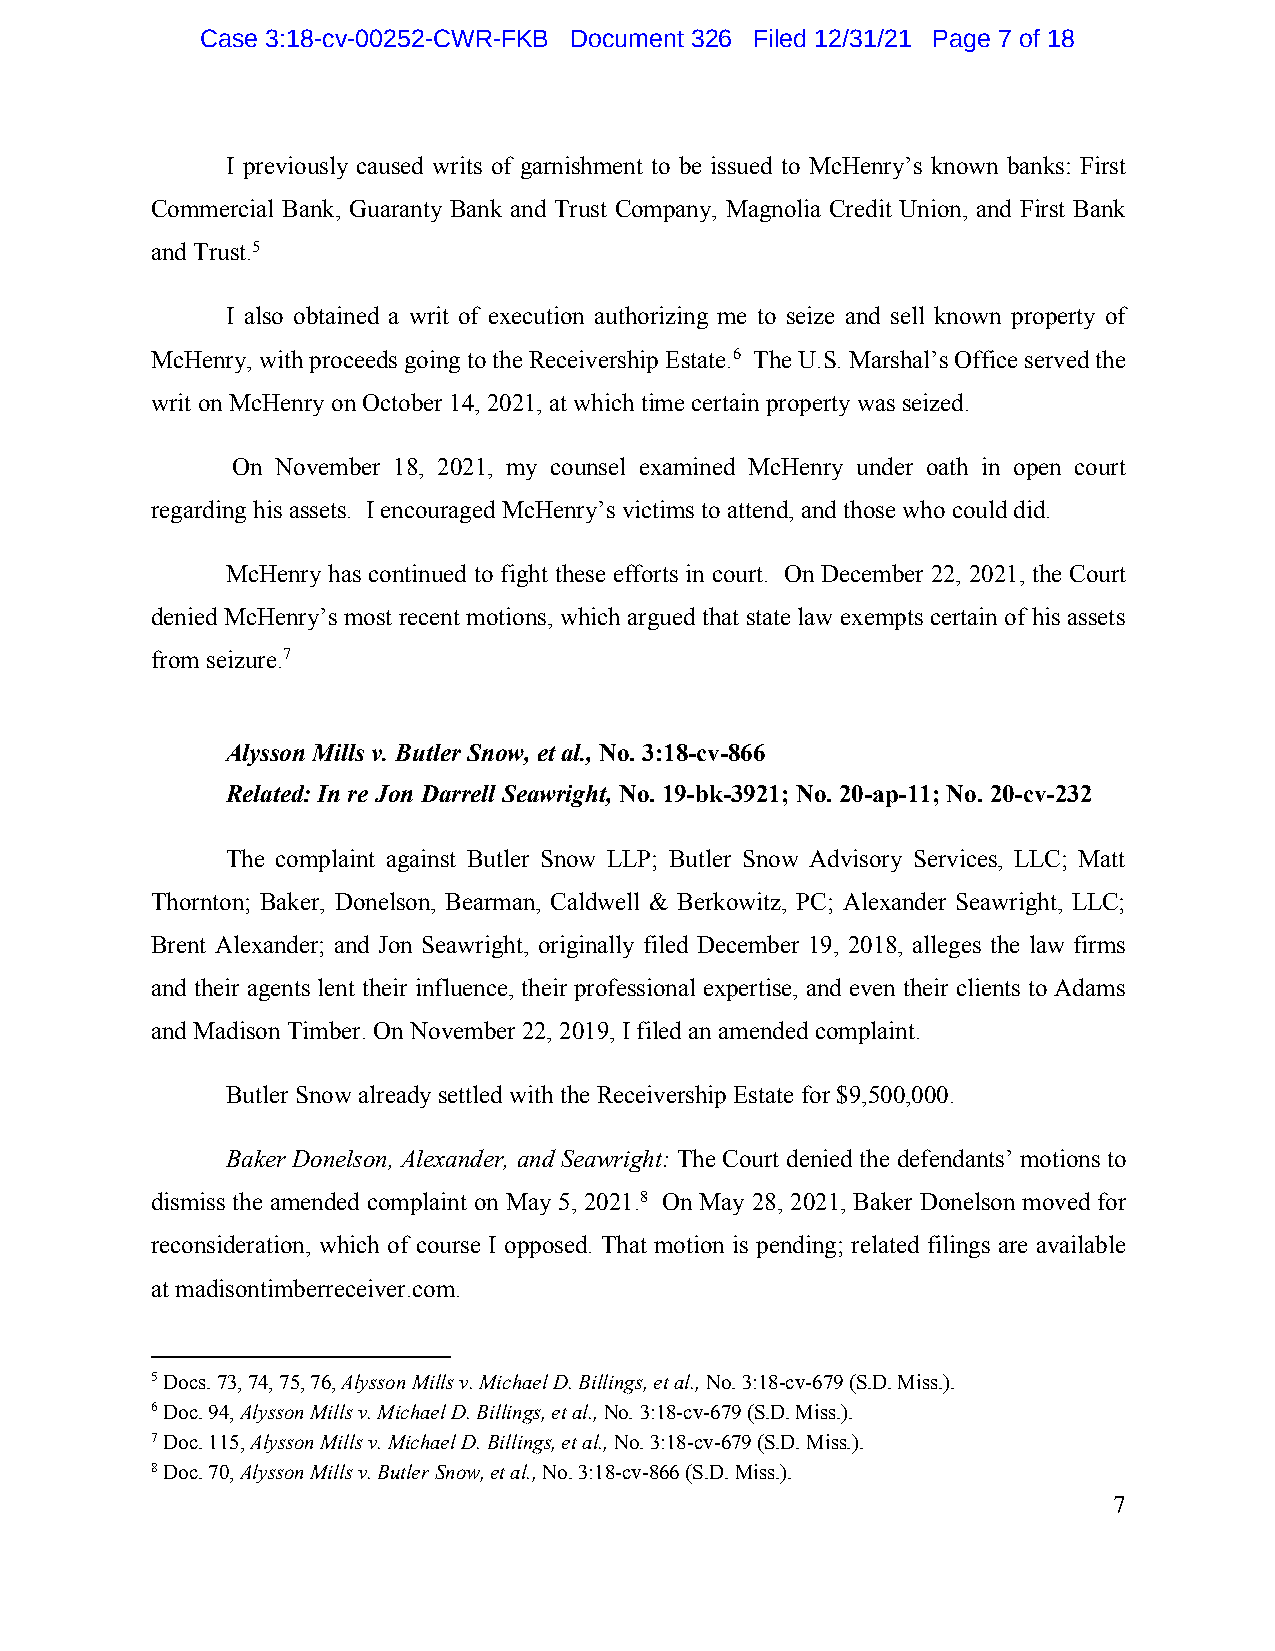
Case 3:18-cv-00252-CWR-FKB Document 326 Filed 12/31/21 Page 7 of 18
 I previously caused writs of garnishment to be issued to McHenry’s known banks: First
 Commercial Bank, Guaranty Bank and Trust Company, Magnolia Credit Union, and First Bank
 and Trust.5
 I also obtained a writ of execution authorizing me to seize and sell known property of
 McHenry, with proceeds going to the Receivership Estate.6 The U.S. Marshal’s Office served the
 writ on McHenry on October 14, 2021, at which time certain property was seized.
 On November 18, 2021, my counsel examined McHenry under oath in open court
 regarding his assets. I encouraged McHenry’s victims to attend, and those who could did.
 McHenry has continued to fight these efforts in court. On December 22, 2021, the Court
 denied McHenry’s most recent motions, which argued that state law exempts certain of his assets
 from seizure.7
 Alysson Mills v. Butler Snow, et al., No. 3:18-cv-866
 Related: In re Jon Darrell Seawright, No. 19-bk-3921; No. 20-ap-11; No. 20-cv-232
 The complaint against Butler Snow LLP; Butler Snow Advisory Services, LLC; Matt
 Thornton; Baker, Donelson, Bearman, Caldwell & Berkowitz, PC; Alexander Seawright, LLC;
 Brent Alexander; and Jon Seawright, originally filed December 19, 2018, alleges the law firms
 and their agents lent their influence, their professional expertise, and even their clients to Adams
 and Madison Timber. On November 22, 2019, I filed an amended complaint.
 Butler Snow already settled with the Receivership Estate for $9,500,000.
 Baker Donelson, Alexander, and Seawright: The Court denied the defendants’ motions to
 dismiss the amended complaint on May 5, 2021.8 On May 28, 2021, Baker Donelson moved for
 reconsideration, which of course I opposed. That motion is pending; related filings are available
 at madisontimberreceiver.com.
 5 Docs. 73, 74, 75, 76, Alysson Mills v. Michael D. Billings, et al., No. 3:18-cv-679 (S.D. Miss.).
 6 Doc. 94, Alysson Mills v. Michael D. Billings, et al., No. 3:18-cv-679 (S.D. Miss.).
 7 Doc. 115, Alysson Mills v. Michael D. Billings, et al., No. 3:18-cv-679 (S.D. Miss.).
 8 Doc. 70, Alysson Mills v. Butler Snow, et al., No. 3:18-cv-866 (S.D. Miss.).
 7